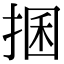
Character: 𢮖